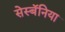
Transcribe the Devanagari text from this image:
सेस्बॅनिया